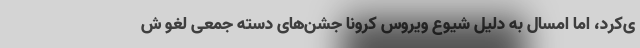
ی‌کرد، اما امسال به دلیل شیوع ویروس کرونا جشن‌های دسته جمعی لغو ش